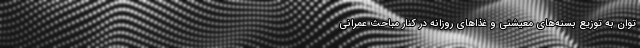
توان به توزیع بسته‌های معیشتی و غذاهای روزانه در کنار مباحث عمرانی